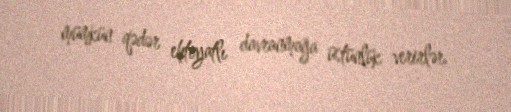
mümkün qədər ehtiyatlı davranmağa üstünlük verirlər.